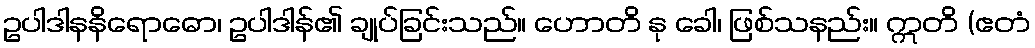
ဥပါဒါနနိရောဓော၊ ဥပါဒါန်၏ ချုပ်ခြင်းသည်။ ဟောတိ နု ခေါ၊ ဖြစ်သနည်း။ ဣတိ (ဧတံ